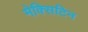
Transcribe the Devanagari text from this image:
मेक्सिटिन